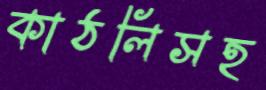
কাঠলিসহ